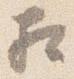
相